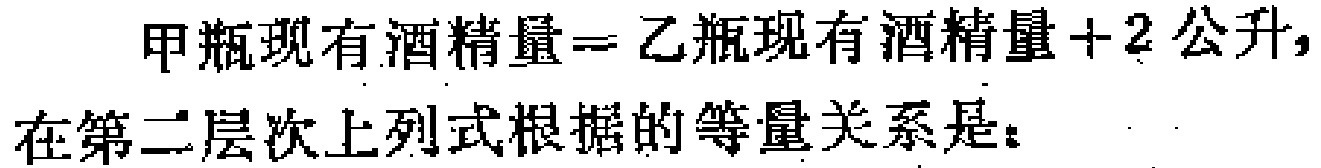
甲瓶现有酒精量=乙瓶现有酒精量+2 公升,

在第二层次上列式根据的等量关系是：